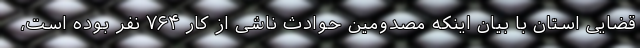
قضایی استان با بیان اینکه مصدومین حوادث ناشی از کار ۷۶۴ نفر بوده است،